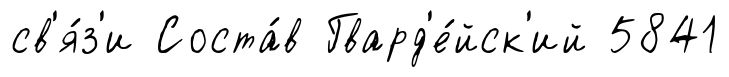
св'я́з'и Соста́в Гвард'е́йск'ий 5841